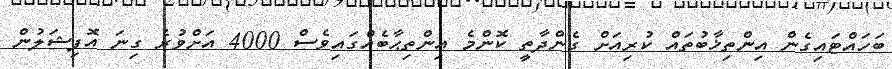
ބަހައްޓައިގެން އިންތިޚާބުތައް ކުރިއަށް ގެންދާތީ ކޮންމެ އިންތިޙާބެއްގައިވެސް 4000 އަށްވުރެ ގިނަ އޮފިޝަލުން